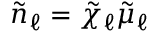
\tilde { n } _ { \ell } = \tilde { \chi } _ { \ell } \tilde { \mu } _ { \ell }